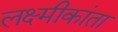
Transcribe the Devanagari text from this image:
लक्ष्मीकांता